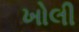
ખોલી